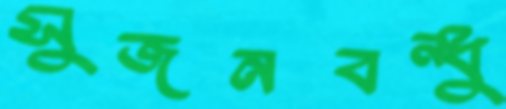
সুজনবন্ধু